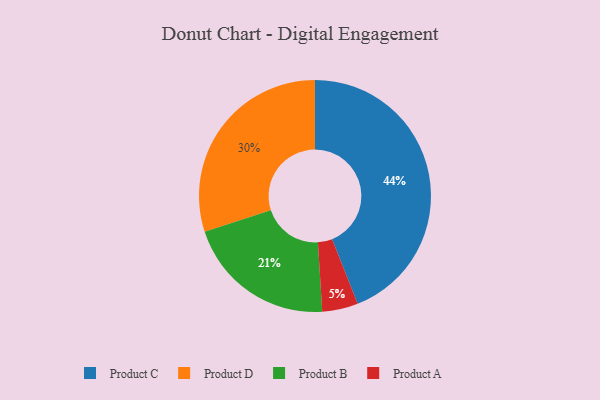
{"axis": {"x": "Category", "y": "Percentage"}, "legend": ["Product A", "Product B", "Product C", "Product D"], "data": [{"x": "Product A", "y": 5, "type": "Product A"}, {"x": "Product D", "y": 30, "type": "Product D"}, {"x": "Product C", "y": 44, "type": "Product C"}, {"x": "Product B", "y": 21, "type": "Product B"}]}